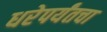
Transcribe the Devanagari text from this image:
धरेपर्यंतचा